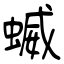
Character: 蝛